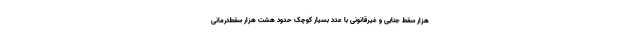
هزار سقط جنایی و غیرقانونی با عدد بسیار کوچک حدود هشت هزار سقط‌درمانی